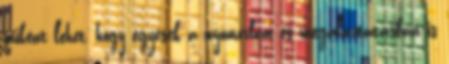
miként lehet, hogy egyesek a nyomorban és megaláztatásban is